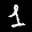
Label: 1